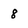
Character: 8